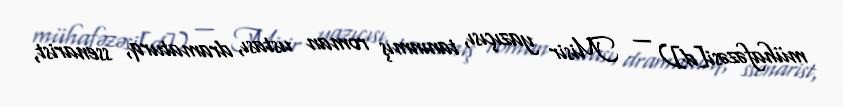
mühafəzəsi[d]) — Misir yazıçısı, tanınmış roman ustası, dramaturq, ssenarist,